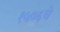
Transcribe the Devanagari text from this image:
१५७६चे